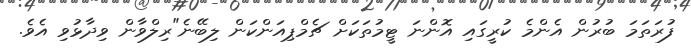
ފުރަތަމަ ބުރުން އެންމެ ކުރީގައި އޮންނަ ޓީމުތަކަށް ޗެމްޕިއަންކަން ލިބޭނެ"ރިލްވާން ވިދާޅުވި އެވެ.